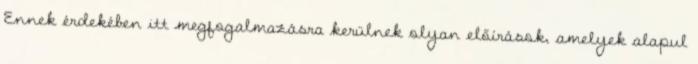
Ennek érdekében itt megfogalmazásra kerülnek olyan előírások, amelyek alapul